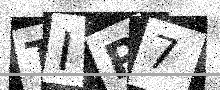
Text: TIP7